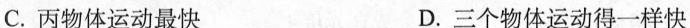
C.丙物体运动最快 D.三个物体运动得一样快